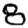
Digit: 8